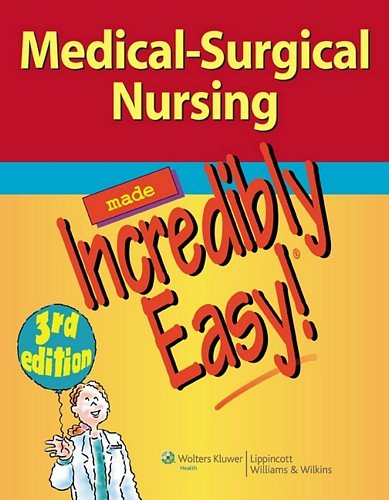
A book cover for Medical-Surgical Nursing Made Incredibly Easy! (Incredibly Easy! SeriesÂ®); Lippincott  Williams & Wilkins; Medical Books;